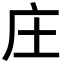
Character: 庄